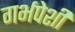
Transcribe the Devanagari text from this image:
गर्भपेशी